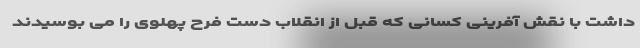
داشت با نقش آفرینی کسانی که قبل از انقلاب دست فرح پهلوی را می بوسیدند